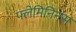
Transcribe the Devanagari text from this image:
फ्लेमिनिनस